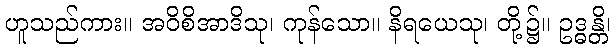
ဟူသည်ကား။ အဝိစိအာဒိသု၊ ကုန်သော။ နိရယေသု၊ တို့၌။ ဥဒ္ဓန္တိ၊